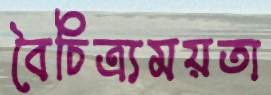
বৈচিত্র্যময়তা